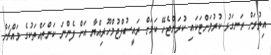
އިތުރަށް ރަނގަޅު ކުރުމަށްޓަކައި ކުރަންޖެހޭ ކަމަށް ރައީސުލްޖުމްހޫރިއްޔާ އަށް ފެންނަ ކަންތައްތަކުގެ މައްޗަށް